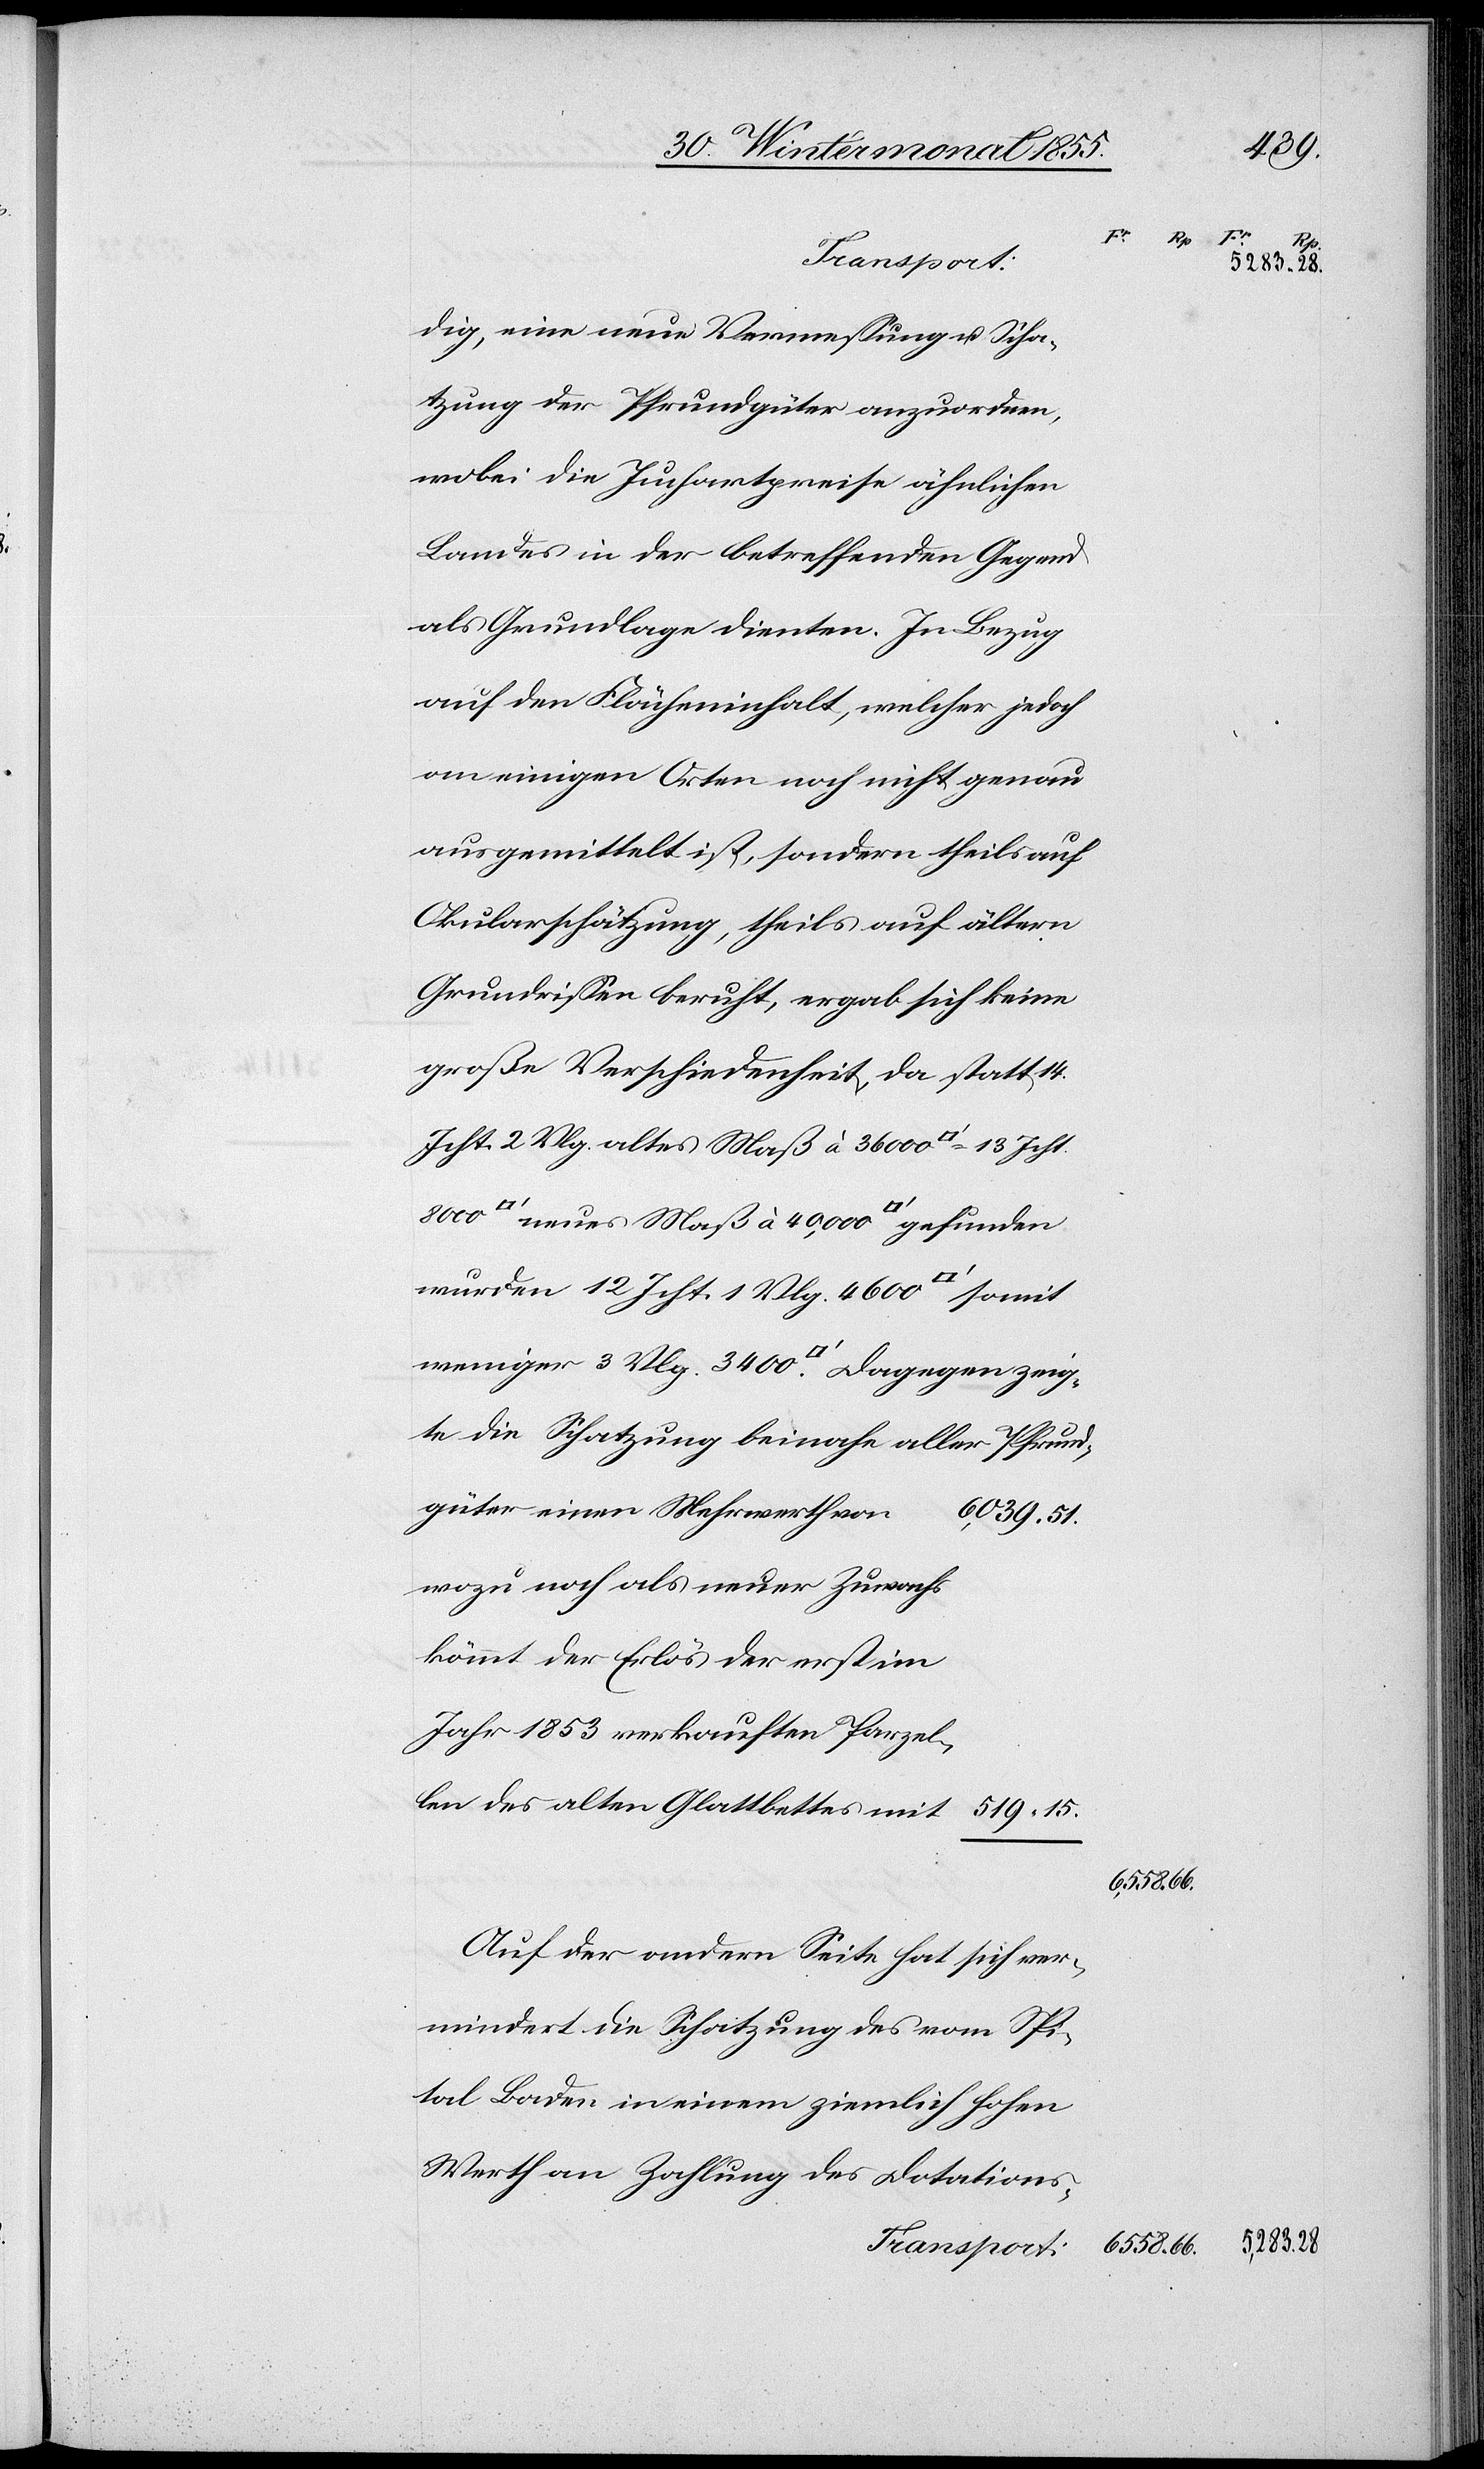
dig, eine neue Vermessung u. Scha¬
tzung der Pfrundgüter anzuordnen,
wobei die Juchartpreise ähnlichen
Landes in der betreffenden Gegend
als Grundlage dienten. In Bezug
auf den Flächeninhalt, welcher jedoch
ausgemittelt ist, sondern theils auf
Okularschätzung, theils auf ältern
Grundrissen beruht, ergab sich keine
große Verschiedenheit, da statt 14.
Jcht. 2 Vlg. altes Maß à 36 000 [Quadratfuß] = 13 Jcht.
güter einen Mehrwerth von
wozu noch als neuer Zuwachs
kömmt der Erlös der erst im
Jahr 1853 verkauften Parzel¬
len des alten Glattbettes mit
6558.
Auf der andern Seite hat sich ver¬
mindert die Schatzung des vom Spi¬
tal Baden in einem ziemlich hohen
Werth an Zahlung des Dotations-

519.
15.